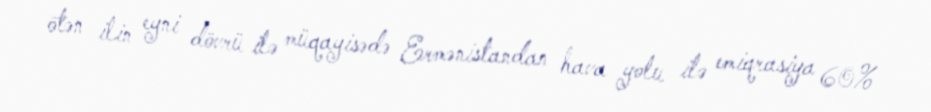
ötən ilin eyni dövrü ilə müqayisədə Ermənistandan hava yolu ilə emiqrasiya 60%